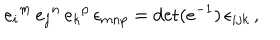
e _ { i } { } ^ { m } \, e _ { j } { } ^ { n } \, e _ { k } { } ^ { p } \, \epsilon _ { m n p } = \det ( e ^ { - 1 } ) \, \epsilon _ { i j k } \, ,